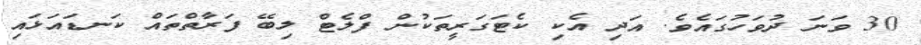
30 ވަނަ ދުވަހުގައެވެ. އަދި އެކި ކެޓަގަރީތަކުން ފްލެޓް ލިބޭ ފަރާތްތައް ކަނޑައަޅައި